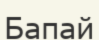
Бапай